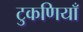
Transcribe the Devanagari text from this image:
टुकणियाँ